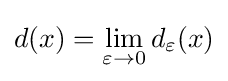
d(x)=\lim _{\varepsilon \to 0}d_{\varepsilon }(x)